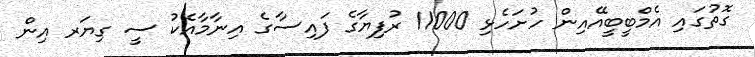
ގޮތުގައި އެމްބީބީއޭއިން ހުށަހެޅި 11000 ރުފިޔާގެ ފައިސާގެ އިނާމާއެކު ސީ ގިޔަރ އިން